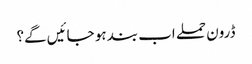
ڈرون حملے اب بند ہو جائیں گے؟